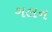
ગલન